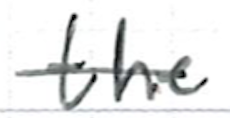
Text: the
Cross-out: single-line
Writing tool: ballpoint